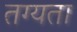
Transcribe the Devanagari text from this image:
तग्यता